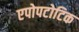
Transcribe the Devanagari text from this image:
एपोपटोटिक